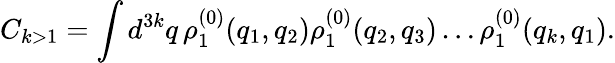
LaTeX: C_{k>1}=\int d^{3k}q\, \rho_{1}^{(0)}(q_{1},q_{2})\rho_{1}^{(0)}(q_{2},q_{3})\ldots\rho_{1}^{(0)}(q_{k},q_{1}).